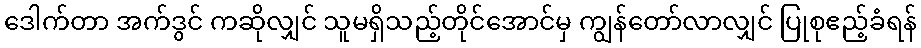
ဒေါက်တာ အက်ဒွင် ကဆိုလျှင် သူမရှိသည့်တိုင်အောင်မှ ကျွန်တော်လာလျှင် ပြုစုဧည့်ခံရန်